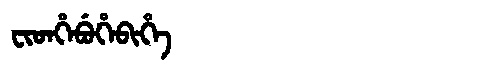
Manchu: ᠸᡳᡨᡥᡝᠪᡠᡥᡝᠪᡳᡥᡝ
Romanization: FITHEBUHEBIHE